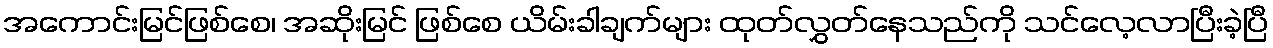
အကောင်းမြင်ဖြစ်စေ၊ အဆိုးမြင် ဖြစ်စေ ယိမ်းခါချက်များ ထုတ်လွှတ်နေသည်ကို သင်လေ့လာပြီးခဲ့ပြီ